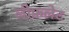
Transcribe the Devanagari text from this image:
लीफ़लेट